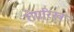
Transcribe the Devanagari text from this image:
रोएरिख